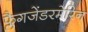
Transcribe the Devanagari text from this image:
फ्लैगजेंडरमेरिन